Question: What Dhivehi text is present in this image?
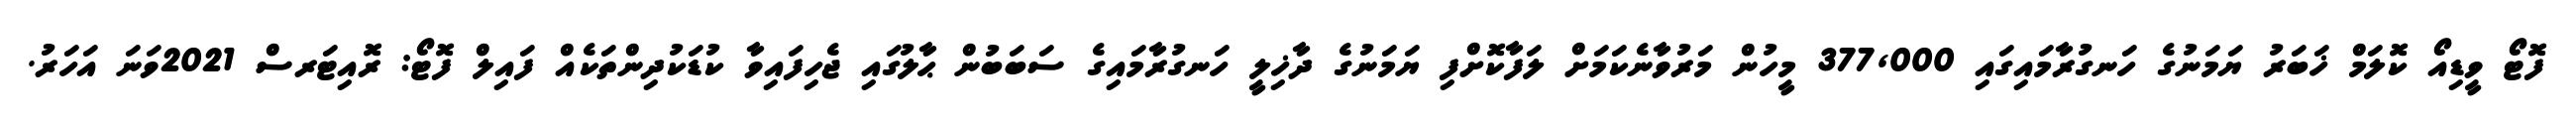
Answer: ފޮޓޯ ވީޑިއޯ ކޮލަމް ޚަބަރު ޔަމަނުގެ ހަނގުރާމައިގައި 377,000 މީހުން މަރުވާނެކަމަށް ލަފާކޮށްފި ޔަމަނުގެ ދާޚިލީ ހަނގުރާމައިގެ ސަބަބުން ޙާލުގައި ޖެހިފައިވާ ކުޑަކުދިންތަކެއް ފައިލް ފޮޓޯ: ރޮއިޓަރސް 2021ވަނަ އަހަރު.